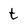
Character: t